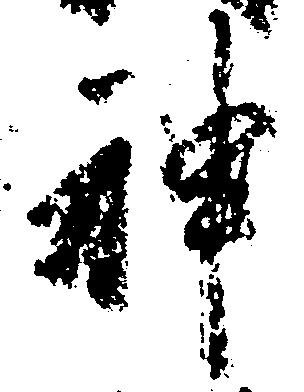
神